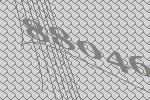
88046